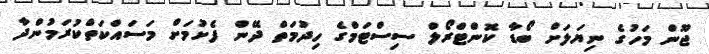
ޖޫން މަހުގެ ނިޔަލަށް ބޯޑާ ކޮންޓްރޯލް ސިސްޓަމްގެ ހިދުމަތް ދޭން ފެށުމަށް މަސައްކަތްކުރަމުންދާ